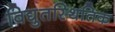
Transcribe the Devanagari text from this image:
विद्युतस्थितिक